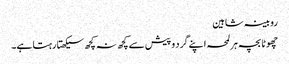
روبینہ شاہین
چھوٹا بچہ ہر لمحہ اپنے گرد و پیش سے کچھ نہ کچھ سیکھتا رہتا ہے۔